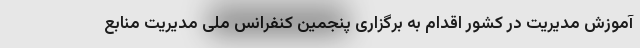
آموزش مدیریت در کشور اقدام به برگزاری پنجمین کنفرانس ملی مدیریت منابع